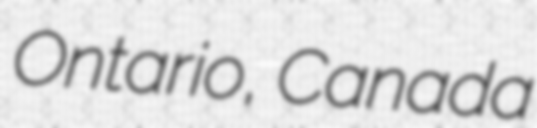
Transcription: Ontario, Canada